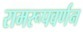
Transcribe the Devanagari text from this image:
रामरूपवर्णन